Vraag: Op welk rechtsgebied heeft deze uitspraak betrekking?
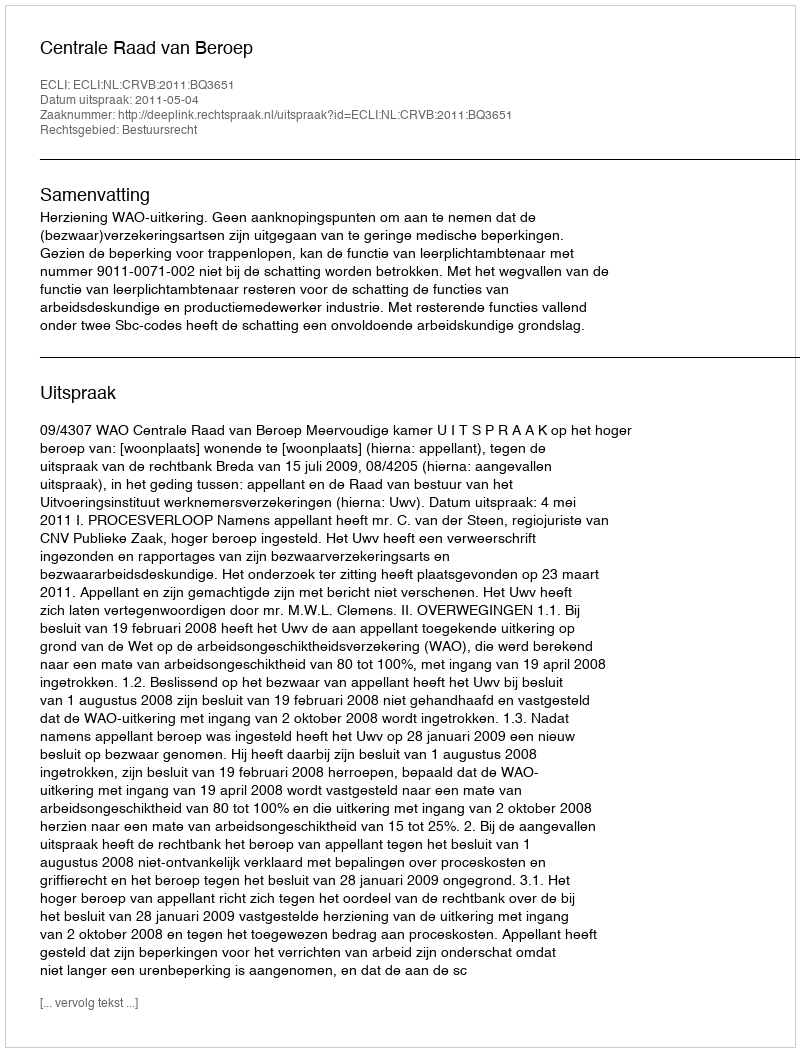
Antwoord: Bestuursrecht